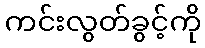
ကင်းလွတ်ခွင့်ကို